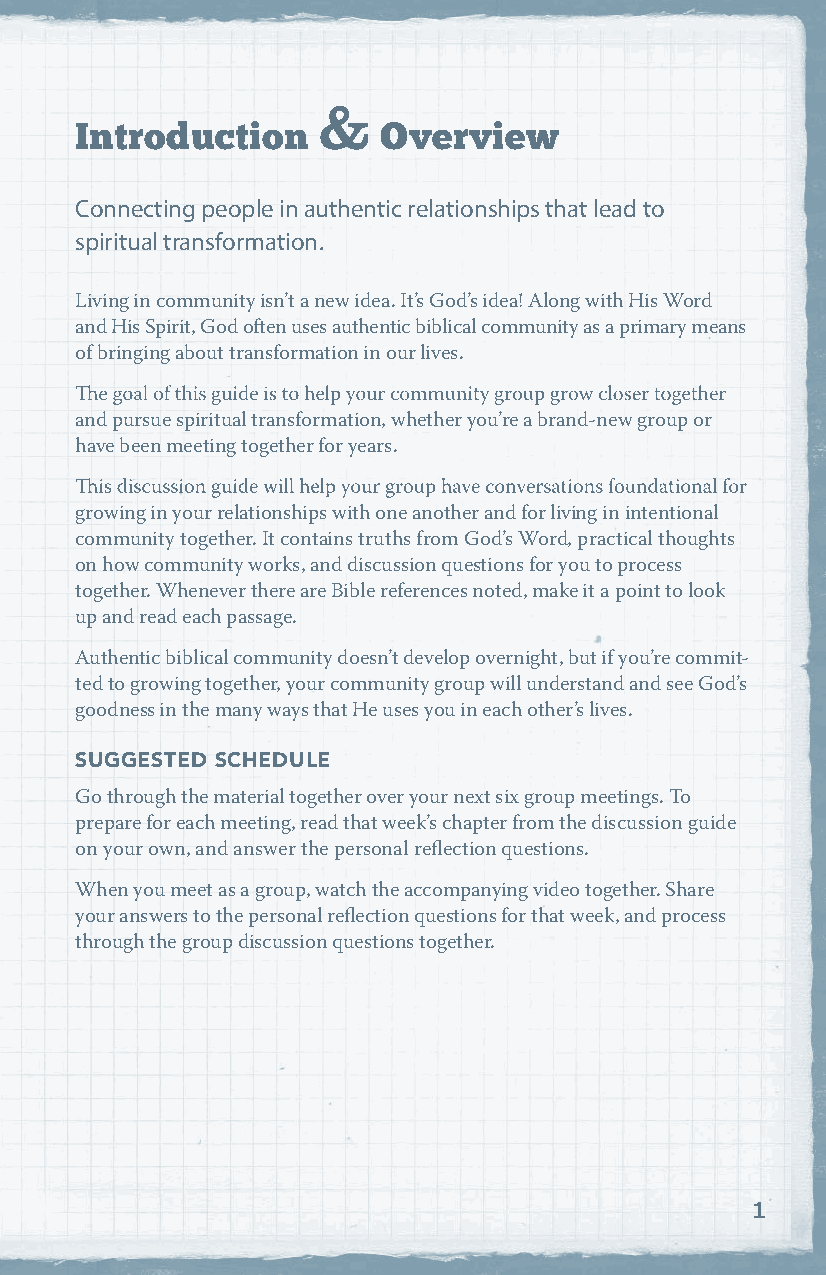
&
 Introduction        Overview
 Connecting people in authentic relationships that lead to
 spiritual transformation.
 Living in community isn’t a new idea. It’s God’s idea! Along with His Word
 and His Spirit, God often uses authentic biblical community as a primary means
 of bringing about transformation in our lives.
 and pursue spiritual transformation, whether you’re a brand-new group or
 have been meeting together for years.
 growing in your relationships with one another and for living in intentional
 community together. It contains truths from God’s Word, practical thoughts
 on how community works, and discussion questions for you to process
 together. Whenever there are Bible references noted, make it a point to look
 up and read each passage.
 Authentic biblical community doesn’t develop overnight, but if you’re commit-
 ted to growing together, your community group will understand and see God’s
 goodness in the many ways that He uses you in each other’s lives.
 SUGGESTED SCHEDULE
 Go through the material together over your next six group meetings. To
 prepare for each meeting, read that week’s chapter from the discussion guide
 on your own, and answer the personal reflection questions.
 When you meet as a group, watch the accompanying video together. Share
 your answers to the personal reflection questions for that week, and process
 through the group discussion questions together.
 1